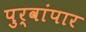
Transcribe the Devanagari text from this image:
पुर्वांपार